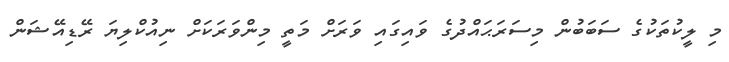
މި ލީކުތަކުގެ ސަބަބުން މިސަރަޙައްދުގެ ވައިގައި ވަރަށް މަތީ މިންވަރަކަށް ނިއުކްލިޔަ ރޭޑިއޭޝަން